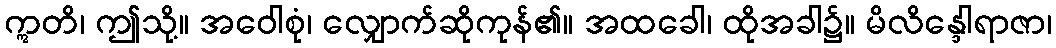
ဣတိ၊ ဤသို့။ အဝေါစုံ၊ လျှောက်ဆိုကုန်၏။ အထခေါ၊ ထိုအခါ၌။ မိလိန္ဒေါရာဇာ၊